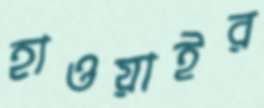
হাওয়াইর